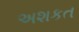
અશકત